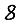
Digit: 8